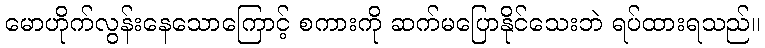
မောဟိုက်လွန်းနေသောကြောင့် စကားကို ဆက်မပြောနိုင်သေးဘဲ ရပ်ထားရသည်။